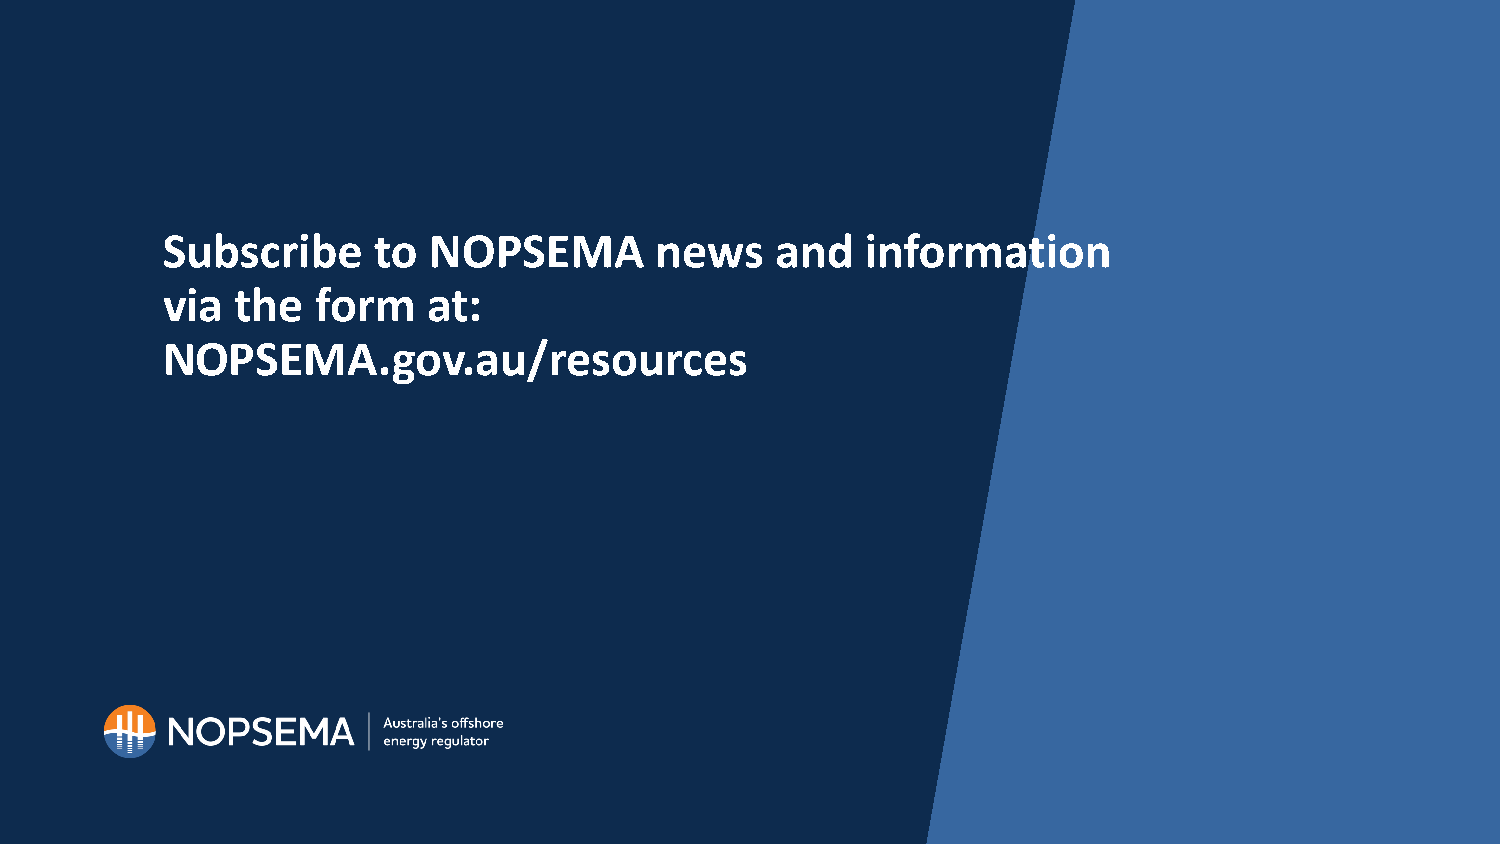
Subscribe     to NOPSEMA        news    and   information
 via  the  form   at:
 NOPSEMA.gov.au/resources